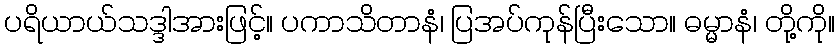
ပရိယာယ်သဒ္ဒါအားဖြင့်။ ပကာသိတာနံ၊ ပြအပ်ကုန်ပြီးသော။ ဓမ္မာနံ၊ တို့ကို။